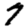
Digit: 7